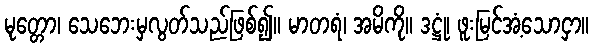
မုတ္တော၊ သေဘေးမှလွတ်သည်ဖြစ်၍။ မာတရံ၊ အမိကို။ ဒဋ္ဌုံ၊ ဖူးမြင်အံ့သောငှာ။